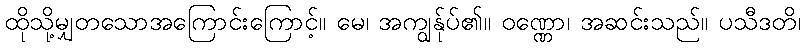
ထိုသို့မျှတသောအကြောင်းကြောင့်။ မေ၊ အကျွန်ုပ်၏။ ဝဏ္ဏော၊ အဆင်းသည်။ ပသီဒတိ၊